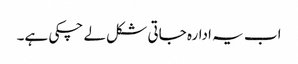
اب یہ ادارہ جاتی شکل لے چکی ہے۔